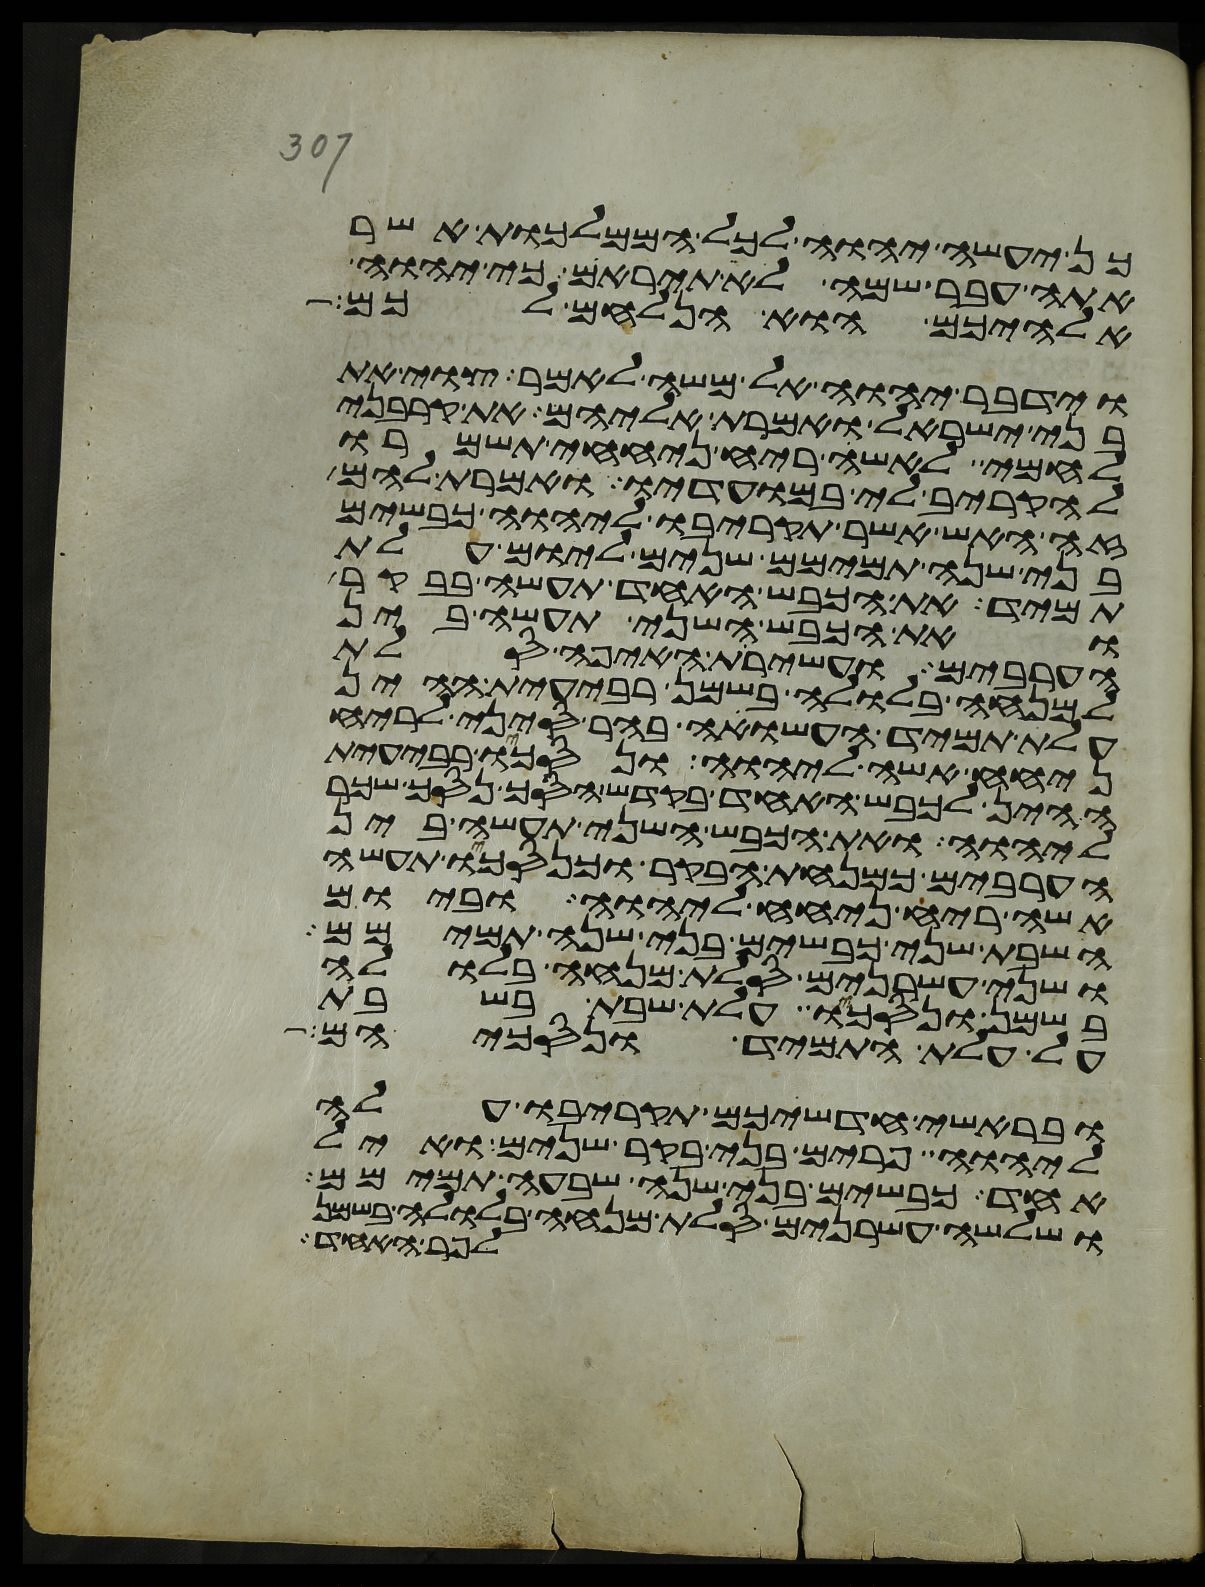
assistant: כן יעשה יהוה לכל הממלכות אשר
אתה עבר שמה לא תיראם כי יהוה
אלהיכם הוא הנלחם לכם
וידבר יהוה אל משה לאמר צוי את
בני ישראל ואמרת אליהם את קרבני
לחמי לאשי ריח ניחחי תשמרו
להקריב לי במועדיו ואמרת להם
זה האש אשר תקריבו ליהוה כבשים
בני שנה תמימם שנים ליום עלת
תמיד את הכבש האחד תעשה בבקר
ואת הכבש השני תעשה בין
הערבים ועשירת האיפה סלת
למנחה בלולה בשמן רבעית ההין
עלת תמיד העשויה בהר סיני לריח
ניחח אשה ליהוה ונסכו רבעית
ההין לכבש האחד בקדש הסך נסך שכר
ליהוה ואת הכבש השני תעשה בין
הערבים כמנחת הבקר וכנסכו תעשה
אשה ריח ניחח ליהוה וביום
השבת שני כבשים בני שנה תמימם
ושני עשרנים סלת מנחה בלולה
בשמן ונסכו עלת שבת בשבת
על עלת התמיד ונסכיהם
ובראשי חדשיכם תקריבו עלה
ליהוה פרים בני בקר שנים ואיל
אחד כבשים בני שנה שבעה תמימם
ושלשה עשרנים סלת מנחה בלולה בשמן
לפר האחד